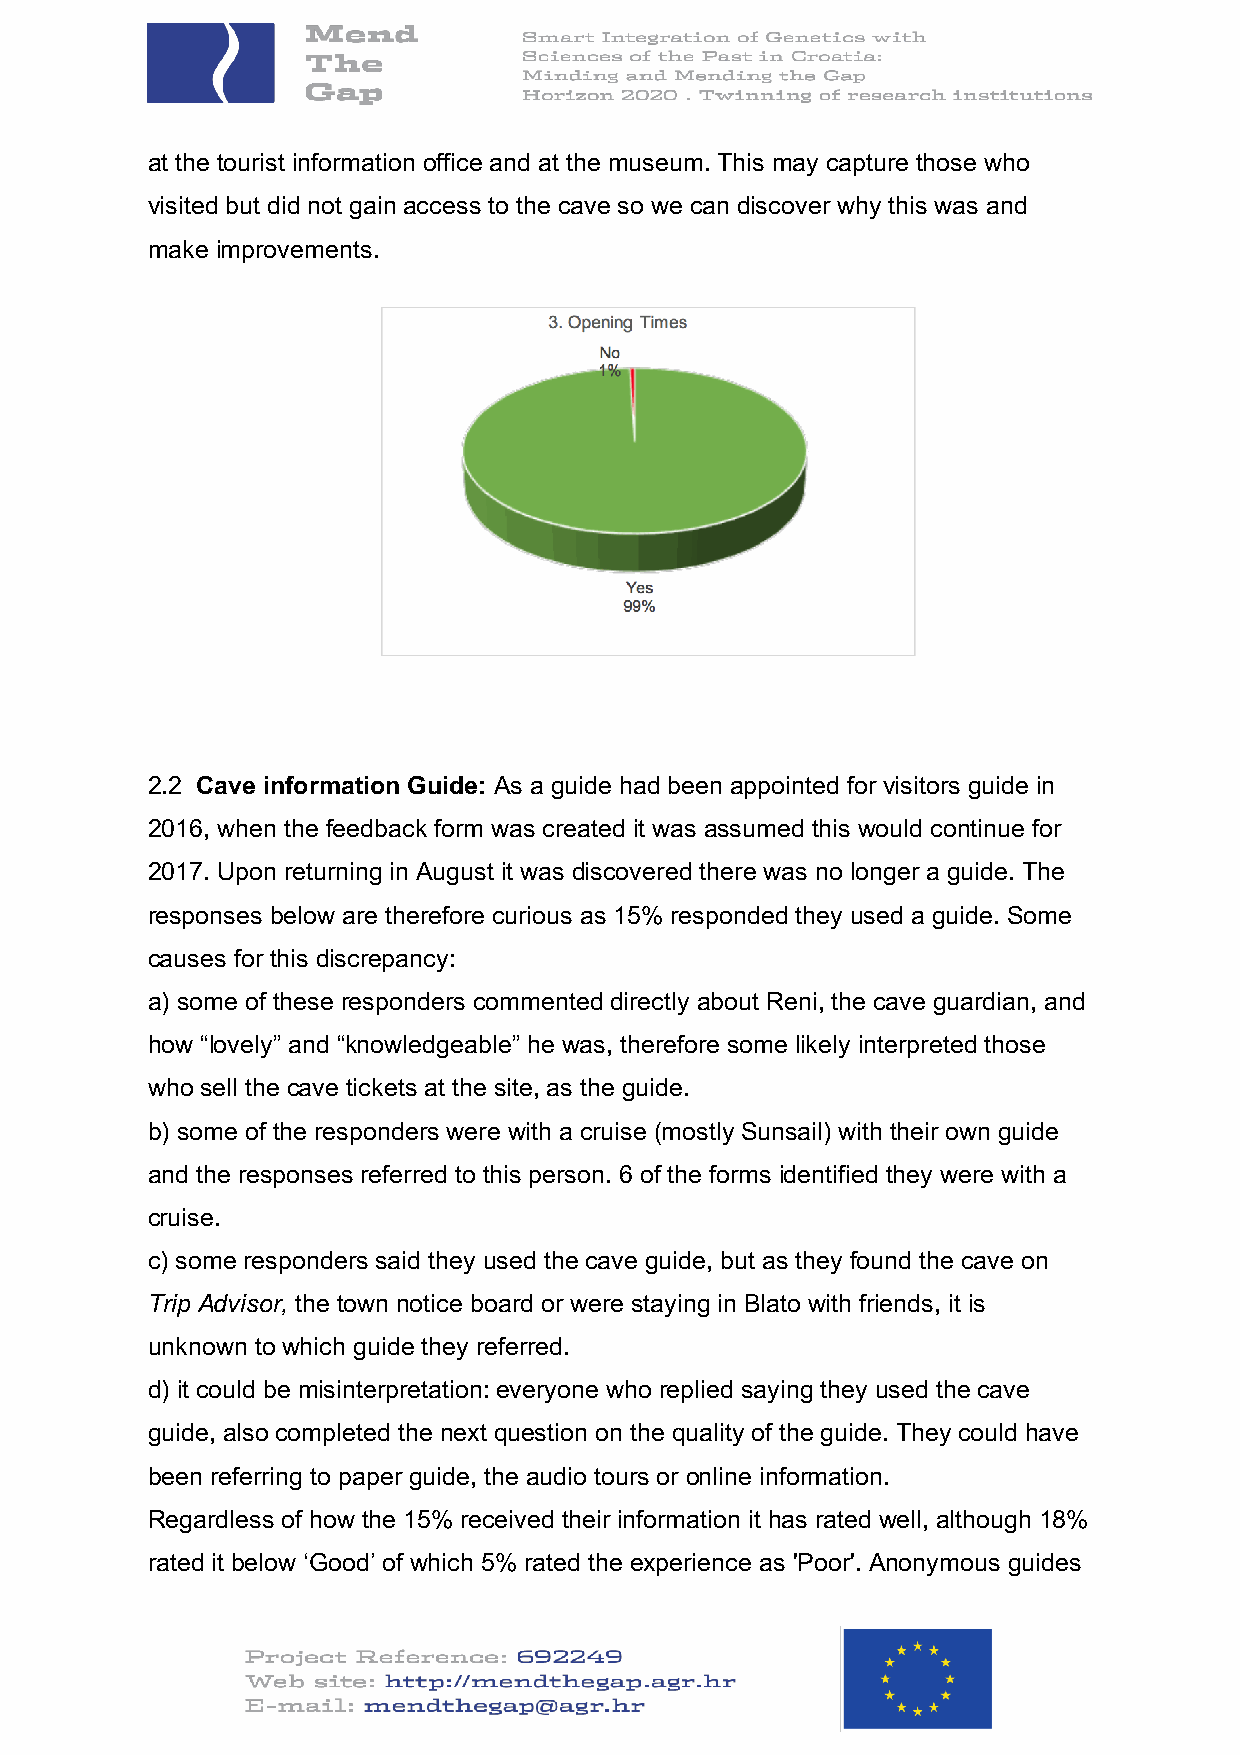
at the tourist information office and at the museum. This may capture those who
 visited but did not gain access to the cave so we can discover why this was and
 make improvements.
 2.2 Cave information Guide: As a guide had been appointed for visitors guide in
 2016, when the feedback form was created it was assumed this would continue for
 2017. Upon returning in August it was discovered there was no longer a guide. The
 responses below are therefore curious as 15% responded they used a guide. Some
 causes for this discrepancy:
 a) some of these responders commented directly about Reni, the cave guardian, and
 how “lovely” and “knowledgeable” he was, therefore some likely interpreted those
 who sell the cave tickets at the site, as the guide.
 b) some of the responders were with a cruise (mostly Sunsail) with their own guide
 and the responses referred to this person. 6 of the forms identified they were with a
 cruise.
 c) some responders said they used the cave guide, but as they found the cave on
 Trip Advisor, the town notice board or were staying in Blato with friends, it is
 unknown to which guide they referred.
 d) it could be misinterpretation: everyone who replied saying they used the cave
 guide, also completed the next question on the quality of the guide. They could have
 been referring to paper guide, the audio tours or online information.
 Regardless of how the 15% received their information it has rated well, although 18%
 rated it below ‘Good’ of which 5% rated the experience as 'Poor'. Anonymous guides